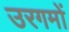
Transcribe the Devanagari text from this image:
उरगमों